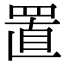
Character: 置